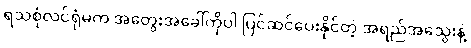
ရသစုံလင်ရုံမက အတွေးအခေါ်ကိုပါ ပြင်ဆင်ပေးနိုင်တဲ့ အရည်အသွေးနဲ့